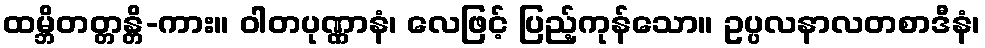
ထမ္ဘိတတ္တန္တိ-ကား။ ဝါတပုဏ္ဏာနံ၊ လေဖြင့် ပြည့်ကုန်သော။ ဥပ္ပလနာလတစာဒီနံ၊